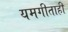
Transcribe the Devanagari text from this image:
यमगीताही